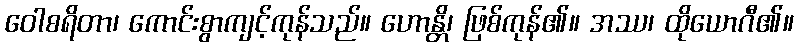
ဝေါစရိတာ၊ ကောင်းစွာကျင့်ကုန်သည်။ ဟောန္တိ၊ ဖြစ်ကုန်၏။ အဿ၊ ထိုယောဂီ၏။